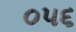
૦૫૬